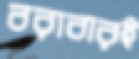
বরাবারই